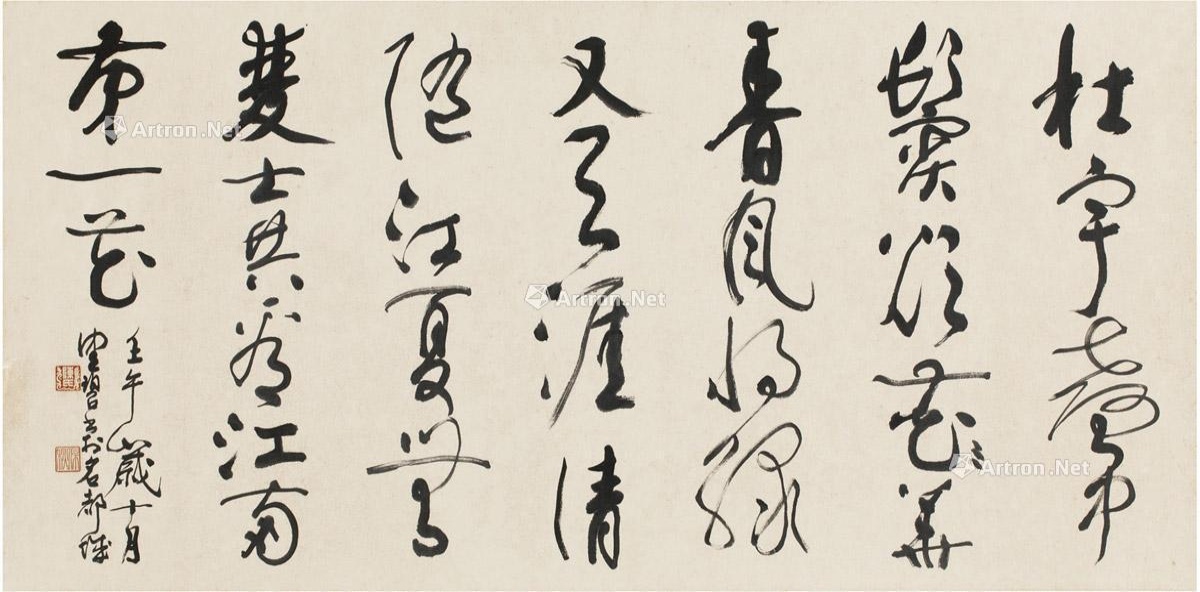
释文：杜宇声中鬓欲华，春风将绿又天涯。清随江夏无双士，共看江南第一花。壬午岁十月，健碧书于名都城。